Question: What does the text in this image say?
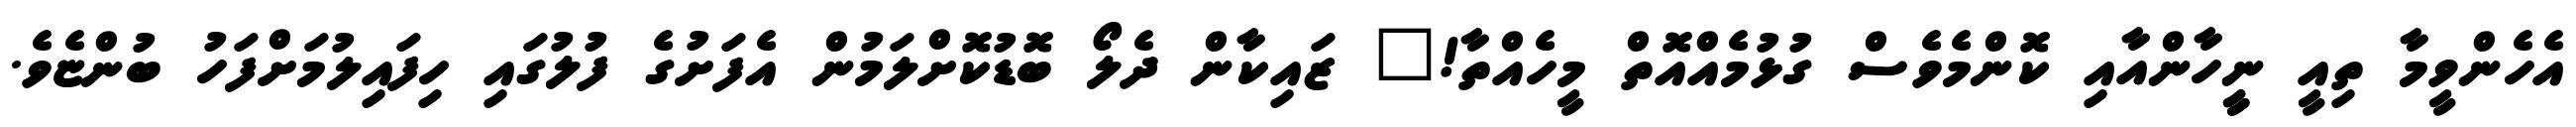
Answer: އެހެންވީމާ ތިއީ ނީީހާންއާއި ކޮންމެވެސް ގުޅުމެއްއޮތް މީހެއްތާ!" ޒައިކާން ދެލޯ ބޮޑުކޮށްލަމުން އެފަށުގެ ފުލުގައި ހިފައިލުމަށްފަހު ބުންޏެވެ.